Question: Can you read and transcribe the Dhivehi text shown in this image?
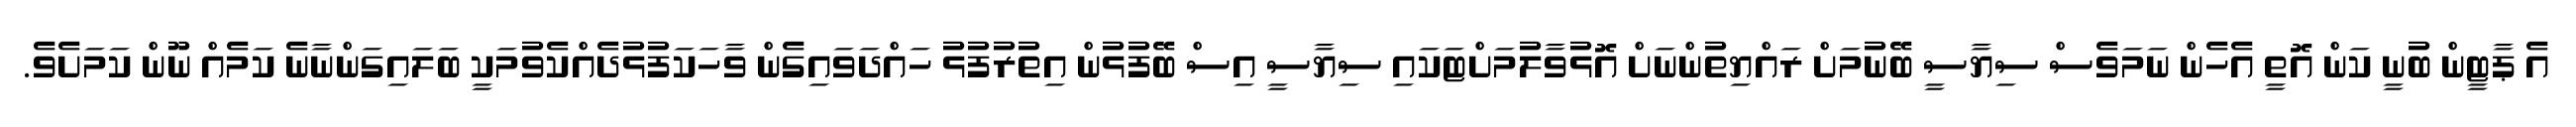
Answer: އެ ޕާޓީން ބުނީ ކަން އޮތީ އެހެން ނަމަވެސް ސިޔާސީ ބޭނުމަށް ރައްޔިތުންނަށް އޮޅުވާލުމަށްޓަކައި ސިޔާސީ އިސް ބޭފުޅުން އިތުރުފުޅު ހައްދަވައިގެން ވާހަކަފުޅުދެއްކެވުމަކީ ބަލައިގަންނާނެ ކަމެއް ނޫން ކަމަށެވެ.